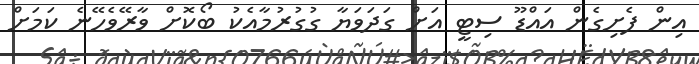
އިން ފެށިގެން އައްޑޫ ސިޓީ އަށް ގަދަވަޔާ ގުގުރުމާއެކު ބޯކޮށް ވާރޭވެހޭނެ ކަމަށް